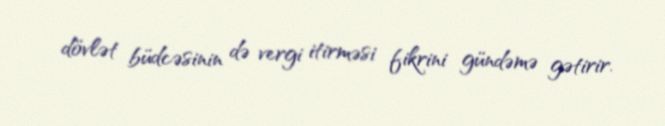
dövlət büdcəsinin də vergi itirməsi fikrini gündəmə gətirir.